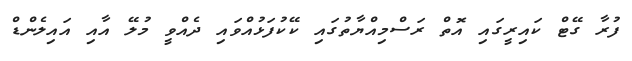
ފުރާ ގޭޓް ކައިރީގައި އޮތް ރަސްމިއްޔާތުގައި ކޭކުފަޅުއްވައި ދެއްވީ މުލޭ އާއި އައިލެންޑް